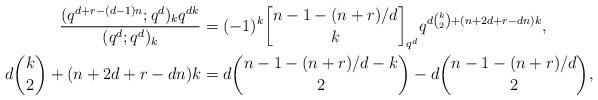
LaTeX: \begin{align*}\frac{(q^{d+r-(d-1)n};q^d)_kq^{dk}}{(q^d;q^d)_k}&=(-1)^k{n-1-(n+r)/d\brack k}_{q^d}q^{d\binom{k}{2}+(n+2d+r-dn)k},\\d\binom{k}{2}+(n+2d+r-dn)k&=d\binom{n-1-(n+r)/d-k}{2}-d\binom{n-1-(n+r)/d}{2},\end{align*}